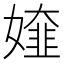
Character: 𡡰